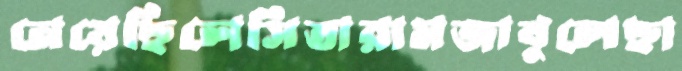
নেয়েছিলেসিতারামজাবুলেছা